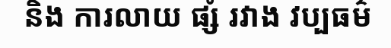
និង ការលាយ ផ្សំ រវាង វប្បធម៌